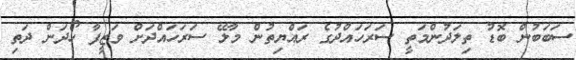
ސަބަބުން ބޮޑު ތިލަދުންމަތީ ސަރަހައްދުގެ ރައްޔިތުން މާލޭ ސަރަހައްދަށް ވަޒީފާ ހޯދަން ދަތި